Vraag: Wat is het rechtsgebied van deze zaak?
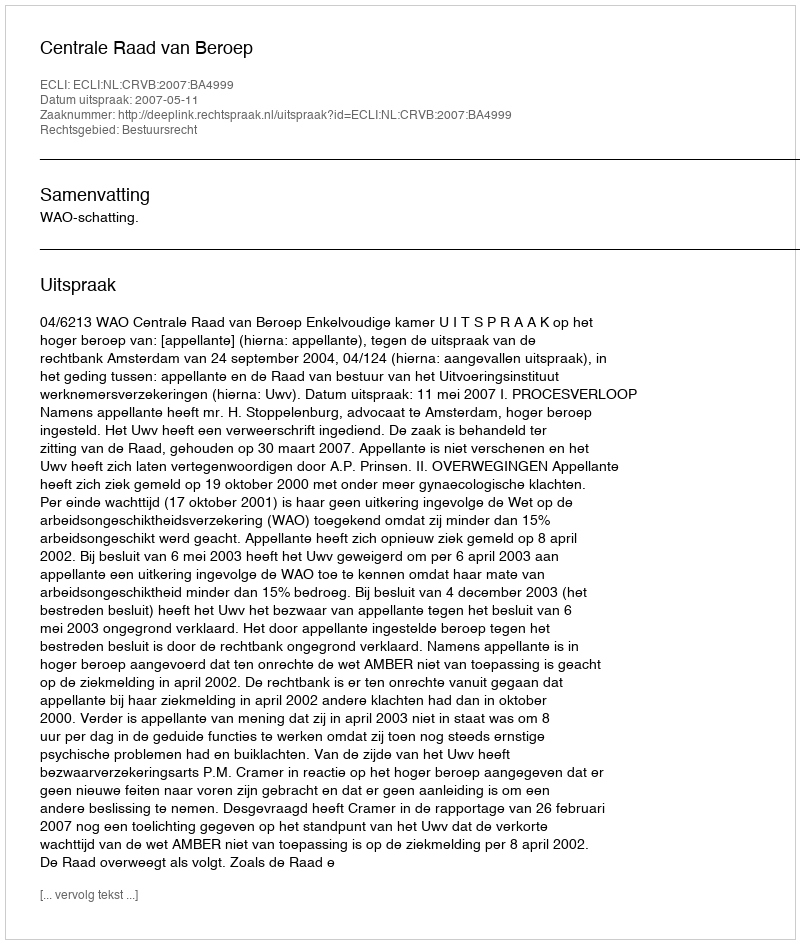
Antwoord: Bestuursrecht